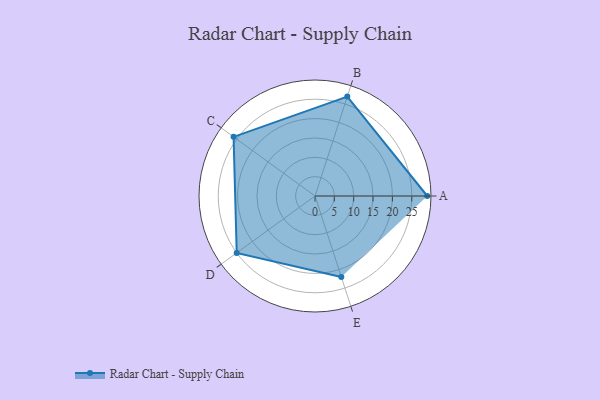
{"axis": {"x": "Skill", "y": "Score"}, "legend": ["Profile"], "data": [{"x": "A", "y": 29.0, "type": "Profile"}, {"x": "B", "y": 27.0, "type": "Profile"}, {"x": "C", "y": 26.0, "type": "Profile"}, {"x": "D", "y": 25.0, "type": "Profile"}, {"x": "E", "y": 22.0, "type": "Profile"}]}